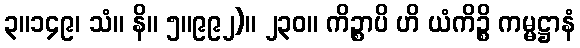
၃။၁၄၉၊ သံ။ နိ။ ၅။၉၉၂)။ ၂၃၀။ ကိဉ္စာပိ ဟိ ယံကိဉ္စိ ကမ္မဋ္ဌာနံ